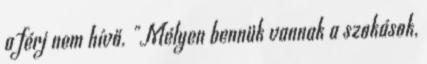
a férj nem hívő. "Mélyen bennük vannak a szokások,